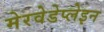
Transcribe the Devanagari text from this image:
मेरवेडेप्लेइन